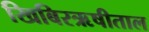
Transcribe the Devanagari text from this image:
खिबिरऋषीताल